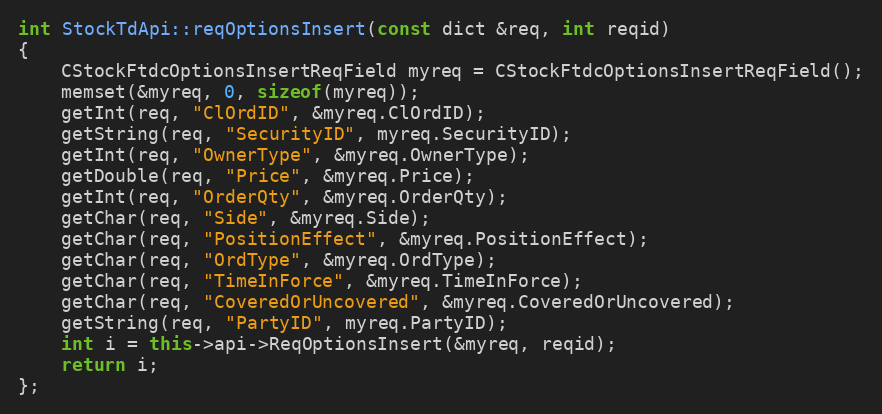
Language: C++
int StockTdApi::reqOptionsInsert(const dict &req, int reqid)
{
	CStockFtdcOptionsInsertReqField myreq = CStockFtdcOptionsInsertReqField();
	memset(&myreq, 0, sizeof(myreq));
	getInt(req, "ClOrdID", &myreq.ClOrdID);
	getString(req, "SecurityID", myreq.SecurityID);
	getInt(req, "OwnerType", &myreq.OwnerType);
	getDouble(req, "Price", &myreq.Price);
	getInt(req, "OrderQty", &myreq.OrderQty);
	getChar(req, "Side", &myreq.Side);
	getChar(req, "PositionEffect", &myreq.PositionEffect);
	getChar(req, "OrdType", &myreq.OrdType);
	getChar(req, "TimeInForce", &myreq.TimeInForce);
	getChar(req, "CoveredOrUncovered", &myreq.CoveredOrUncovered);
	getString(req, "PartyID", myreq.PartyID);
	int i = this->api->ReqOptionsInsert(&myreq, reqid);
	return i;
};